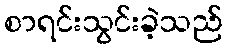
စာရင်းသွင်းခဲ့သည်